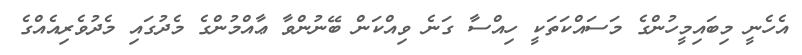
އެހެނީ މިބައިމީހުންގެ މަސައްކަތަކީ ހިއްސާ ގަނެ ވިއްކަން ބޭނުންވާ ޢާއްމުންގެ މެދުގައި މެދުވެރިއެއްގެ